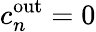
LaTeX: c_{n}^{\mathrm{out}}=0